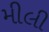
મીલી